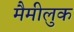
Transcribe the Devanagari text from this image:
मैमीलुक